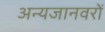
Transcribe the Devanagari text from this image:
अन्यजानवरों